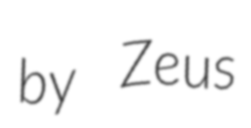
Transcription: by Zeus